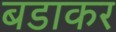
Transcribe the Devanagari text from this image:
बडाकर